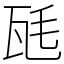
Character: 瓱